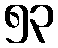
၅၃